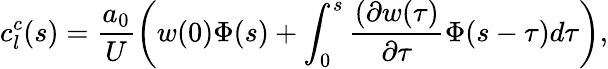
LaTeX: c_{l}^{c}(s)=\frac{a_{0}}{U}\bigg(w(0)\Phi(s)+\int_{0}^{s}\frac{(\partial w(\tau)}{\partial\tau}\Phi(s-\tau)d\tau\bigg),